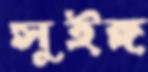
সুইঙ্গ